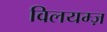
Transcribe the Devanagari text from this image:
विलयम्ज़